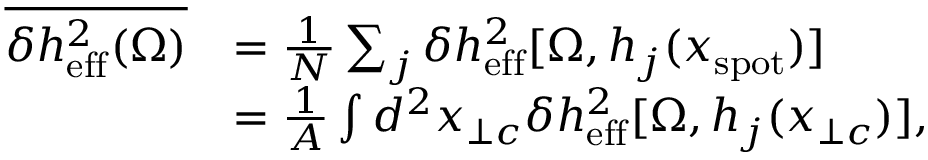
\begin{array} { r l } { \overline { { \delta h _ { \mathrm { e f f } } ^ { 2 } ( \Omega ) } } } & { = \frac { 1 } { N } \sum _ { j } \delta h _ { \mathrm { e f f } } ^ { 2 } [ \Omega , h _ { j } ( x _ { \mathrm { s p o t } } ) ] } \\ & { = \frac { 1 } { A } \int d ^ { 2 } x _ { \perp c } \delta h _ { \mathrm { e f f } } ^ { 2 } [ \Omega , h _ { j } ( x _ { \perp c } ) ] , } \end{array}